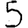
Digit: 5